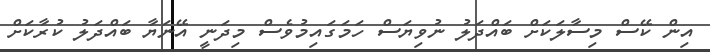
އިން ކޭސް މިސާލަކަށް ބައްދަލު ނުވިޔަސް ހަމަގައިމުވެސް މިދަނީ އޭނަޔާ ބައްދަލު ކުރާކަށް